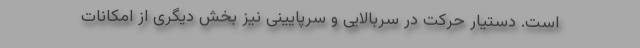
است. دستیار حرکت در سربالایی و سرپایینی نیز بخش دیگری از امکانات